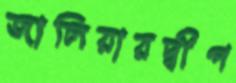
জালিয়ারদ্বীপ